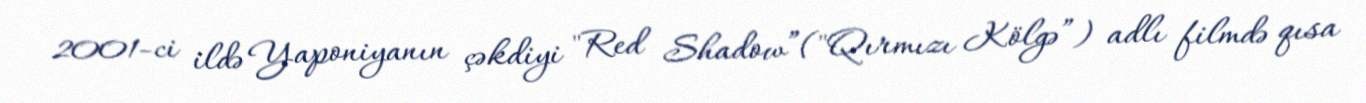
2001-ci ildə Yaponiyanın çəkdiyi "Red Shadow”("Qırmızı Kölgə”) adlı filmdə qısa